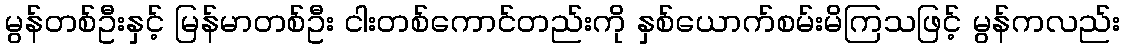
မွန်တစ်ဦးနှင့် မြန်မာတစ်ဦး ငါးတစ်ကောင်တည်းကို နှစ်ယောက်စမ်းမိကြသဖြင့် မွန်ကလည်း